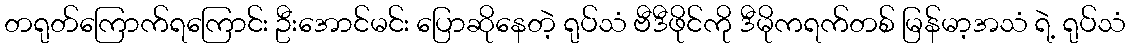
တရုတ်ကြောက်ရကြောင်း ဦးအောင်မင်း ပြောဆိုနေတဲ့ ရုပ်သံ ဗီဒီဖိုင်ကို ဒီမိုကရက်တစ် မြန်မာ့အသံ ရဲ့ ရုပ်သံ